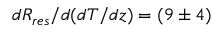
d R _ { r e s } / d ( d T / d z ) = ( 9 \pm 4 )